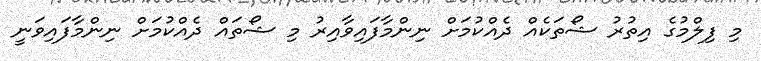
މި ފިލްމުގެ އިތުރު ޝޯތަކެއް ދެއްކުމަށް ނިންމާފައިވާއިރު މި ޝޯތައް ދެއްކުމަށް ނިންމާފައިވަނީ